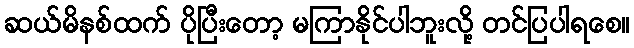
ဆယ်မိနစ်ထက် ပိုပြီးတော့ မကြာနိုင်ပါဘူးလို့ တင်ပြပါရစေ။